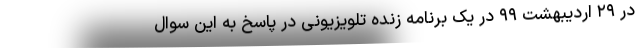
در ۲۹ اردیبهشت ۹۹ در یک برنامه زنده تلویزیونی در پاسخ به این سوال